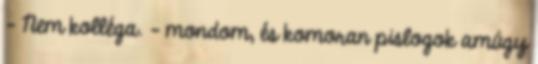
- Nem kolléga. - mondom, és komoran pislogok amúgy